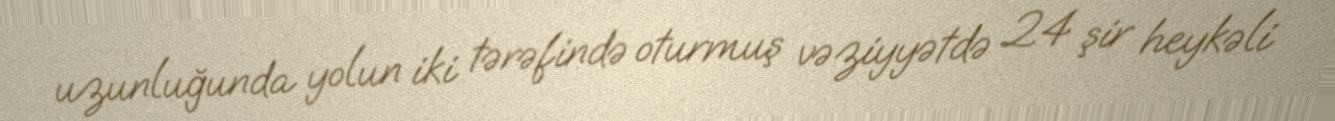
uzunluğunda yolun iki tərəfində oturmuş vəziyyətdə 24 şir heykəli